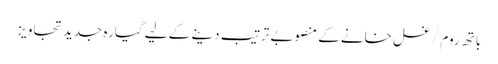
باتھ روم/غسل خانے کے منصوبے ترتیب دینے کے لیے گیارہ جدید تجاویز